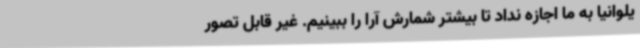
یلوانیا به ما اجازه نداد تا بیشتر شمارش آرا را ببینیم. غیر قابل تصور